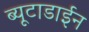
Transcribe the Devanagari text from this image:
ब्यूटाडाईन